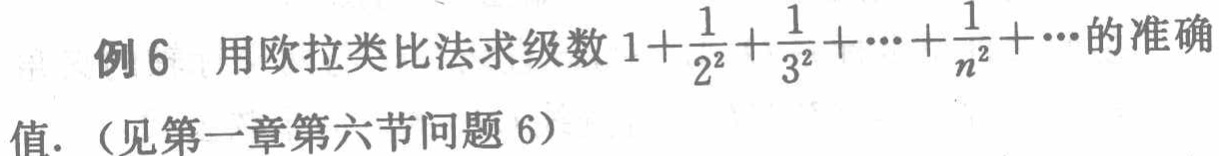
例6 用欧拉类比法求级数\(1+\frac{1}{2^{2}}+\frac{1}{3^{2}}+\cdots+\frac{1}{n^{2}}+\cdots\)的准确值.（见第一章第六节问题6）